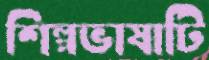
শিল্পভাষাটি